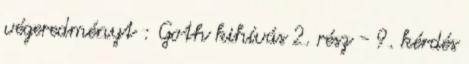
végeredményt : Goth kihívás 2. rész - 9. kérdés